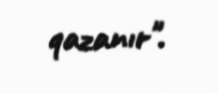
qazanır".